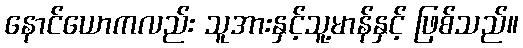
နောင်ယောကလည်း သူအားနှင့်သူ့မာန်နှင့် ဖြစ်သည်။